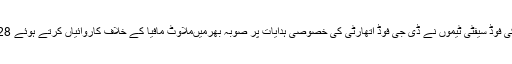
علاوہ ازیںپنجاب فوڈ اتھارٹی کی فوڈ سیفٹی ٹیموں نے ڈی جی فوڈ اتھارٹی کی خصوصی ہدایات پر صوبہ بھرمیںملاوٹ مافیا کے خلاف کاروائیاں کرتے ہوئے 28فوڈ پوائنٹس سر بمہر کر دیے۔